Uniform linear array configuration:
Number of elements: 16
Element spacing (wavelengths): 0.75
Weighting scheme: blackman
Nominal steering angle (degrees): -45
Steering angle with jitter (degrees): -43.078
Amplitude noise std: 0.05
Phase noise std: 0.05

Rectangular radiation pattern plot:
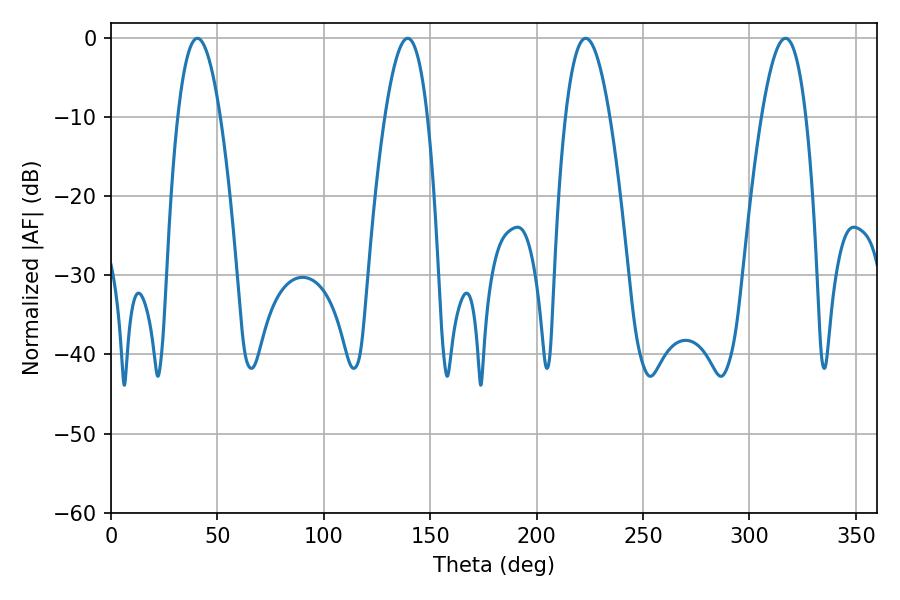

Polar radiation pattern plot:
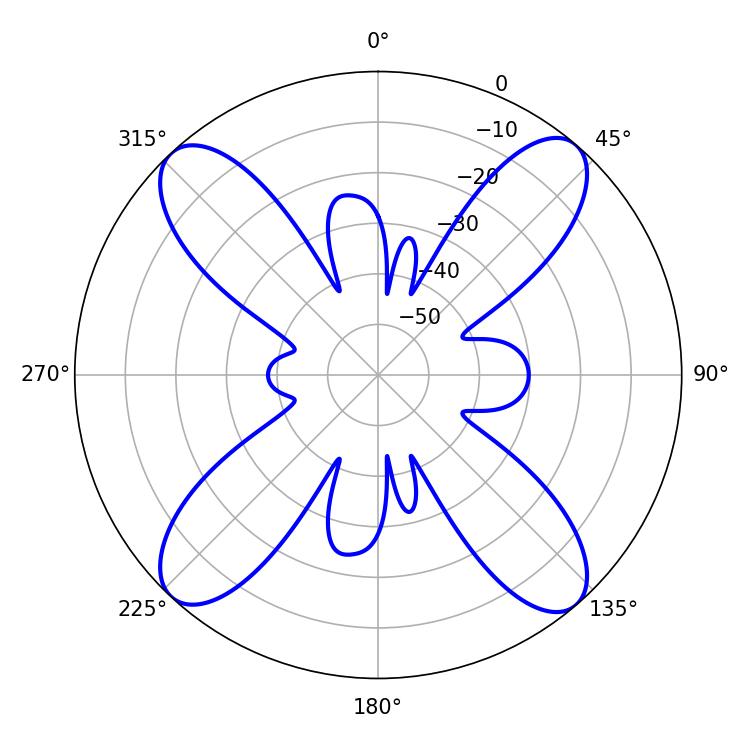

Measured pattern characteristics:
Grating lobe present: TRUE
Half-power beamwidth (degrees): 11.34
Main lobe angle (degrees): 316.98